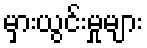
မှားယွင်းမှုများ